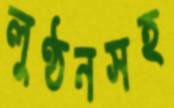
লুণ্ঠনসহ